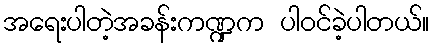
အရေးပါတဲ့အခန်းကဏ္ဍက ပါ၀င်ခဲ့ပါတယ်။